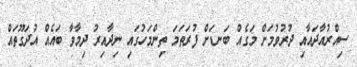
ސިއްރުއާދައާއި ދުރުވުމަށް މަގެއް ބަނޑަށް ފުރަތަމަ ތިންމަހުގައި ނިދާއިރު ދިމާވާ ބައެއް އުދަގޫތައް